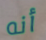
أنه